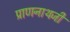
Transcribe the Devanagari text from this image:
प्राणनाथजी